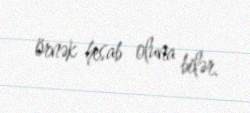
örnək hesab oluna bilər.